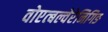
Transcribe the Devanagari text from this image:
वोएत्बल्वेरेनिगिङ